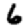
Digit: 6